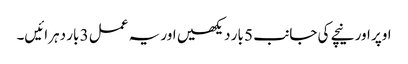
اوپر اور نیچے کی جانب 5 بار دیکھیں اور یہ عمل 3 بار دہرائیں۔